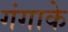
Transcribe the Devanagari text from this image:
गंगाके